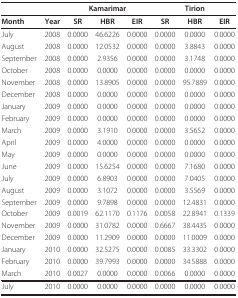
<table><thead><tr><td colspan="2"></td><td colspan="3"><b>Kamarimar</b></td><td colspan="3"><b>Tirion</b></td></tr></thead><tbody><tr><td><b>Month</b></td><td><b>Year</b></td><td><b>SR</b></td><td><b>HBR</b></td><td><b>EIR</b></td><td><b>SR</b></td><td><b>HBR</b></td><td><b>EIR</b></td></tr><tr><td>July</td><td>2008</td><td>0.0000</td><td>46.6226</td><td>0.0000</td><td>0.0000</td><td>0.0000</td><td>0.0000</td></tr><tr><td>August</td><td>2008</td><td>0.0000</td><td>12.0532</td><td>0.0000</td><td>0.0000</td><td>3.8843</td><td>0.0000</td></tr><tr><td>September</td><td>2008</td><td>0.0000</td><td>2.9356</td><td>0.0000</td><td>0.0000</td><td>3.1748</td><td>0.0000</td></tr><tr><td>October</td><td>2008</td><td>0.0000</td><td>0.0000</td><td>0.0000</td><td>0.0000</td><td>0.0000</td><td>0.0000</td></tr><tr><td>November</td><td>2008</td><td>0.0000</td><td>13.8905</td><td>0.0000</td><td>0.0000</td><td>95.7889</td><td>0.0000</td></tr><tr><td>December</td><td>2008</td><td>0.0000</td><td>0.0000</td><td>0.0000</td><td>0.0000</td><td>0.0000</td><td>0.0000</td></tr><tr><td>January</td><td>2009</td><td>0.0000</td><td>0.0000</td><td>0.0000</td><td>0.0000</td><td>0.0000</td><td>0.0000</td></tr><tr><td>February</td><td>2009</td><td>0.0000</td><td>0.0000</td><td>0.0000</td><td>0.0000</td><td>0.0000</td><td>0.0000</td></tr><tr><td>March</td><td>2009</td><td>0.0000</td><td>3.1910</td><td>0.0000</td><td>0.0000</td><td>3.5652</td><td>0.0000</td></tr><tr><td>April</td><td>2009</td><td>0.0000</td><td>4.0000</td><td>0.0000</td><td>0.0000</td><td>0.0000</td><td>0.0000</td></tr><tr><td>May</td><td>2009</td><td>0.0000</td><td>0.0000</td><td>0.0000</td><td>0.0000</td><td>0.0000</td><td>0.0000</td></tr><tr><td>June</td><td>2009</td><td>0.0000</td><td>15.6254</td><td>0.0000</td><td>0.0000</td><td>7.1680</td><td>0.0000</td></tr><tr><td>July</td><td>2009</td><td>0.0000</td><td>6.8903</td><td>0.0000</td><td>0.0000</td><td>7.0405</td><td>0.0000</td></tr><tr><td>August</td><td>2009</td><td>0.0000</td><td>3.1072</td><td>0.0000</td><td>0.0000</td><td>3.5569</td><td>0.0000</td></tr><tr><td>September</td><td>2009</td><td>0.0000</td><td>9.7898</td><td>0.0000</td><td>0.0000</td><td>12.4831</td><td>0.0000</td></tr><tr><td>October</td><td>2009</td><td>0.0019</td><td>62.1170</td><td>0.1176</td><td>0.0058</td><td>22.8941</td><td>0.1339</td></tr><tr><td>November</td><td>2009</td><td>0.0000</td><td>31.0782</td><td>0.0000</td><td>0.6667</td><td>38.4435</td><td>0.0000</td></tr><tr><td>December</td><td>2009</td><td>0.0000</td><td>11.2909</td><td>0.0000</td><td>0.0000</td><td>11.0009</td><td>0.0000</td></tr><tr><td>January</td><td>2010</td><td>0.0000</td><td>32.5275</td><td>0.0000</td><td>0.0085</td><td>33.3302</td><td>0.0000</td></tr><tr><td>February</td><td>2010</td><td>0.0000</td><td>39.7993</td><td>0.0000</td><td>0.0000</td><td>34.5888</td><td>0.0000</td></tr><tr><td>March</td><td>2010</td><td>0.0027</td><td>0.0000</td><td>0.0000</td><td>0.0066</td><td>0.0000</td><td>0.0000</td></tr><tr><td>July</td><td>2010</td><td>0.0000</td><td>0.0000</td><td>0.0000</td><td>0.0000</td><td>0.0000</td><td>0.0000</td></tr></tbody></table>